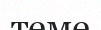
теме